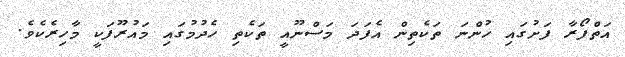
އަތްފޯރާ ފަށުގައި ހުންނަ ތަކެތިން އެފަދަ މަސްނޫއީ ތަކެތި ހެދުމުގައި މައުރޫފަކީ މާހިރެކެވެ.